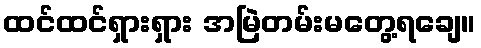
ထင်ထင်ရှားရှား အမြဲတမ်းမတွေ့ရချေ။